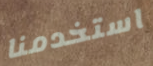
استخدمنا